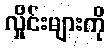
လှိုင်းများကို